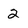
Character: 2